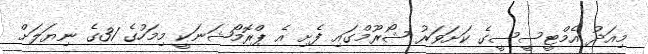
މިއަދު އެމްޓީސީސީގެ ކަށަވަރު ޝޯރޫމްގައި ފެށި އެ ޕްރޮމޯޝަނަކީ މިމަހުގެ 31ގެ ނިޔަލަށް